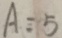
A = 5